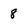
Character: 8